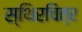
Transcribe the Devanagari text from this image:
स्थिरचित्र